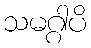
သမဂ္ဂါပိ